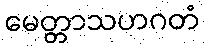
မေတ္တာသဟဂတံ